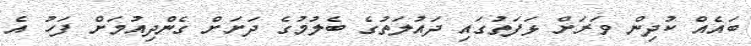
ބައެއް ކުދިން ވަރަށް ޅަފަތުގައި ދައުލަތުގެ ބެލުމުގެ ދަށަށް ގެންދިއުމަށް ފަހު އެ